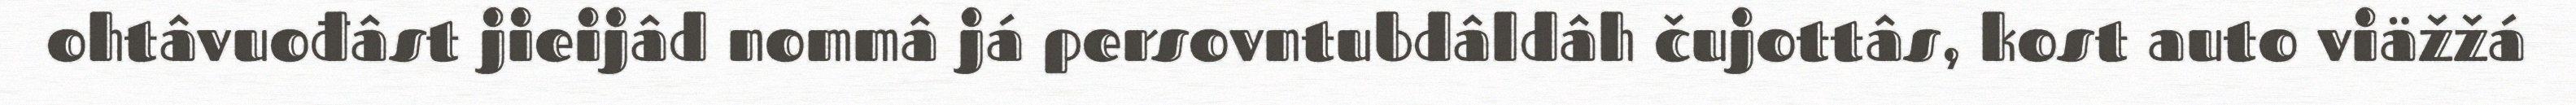
ohtâvuođâst jieijâd nommâ já persovntubdâldâh čujottâs, kost auto viäžžá